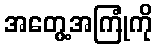
အတွေ့အကြုံကို